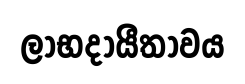
ලාභදායීතාවය